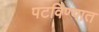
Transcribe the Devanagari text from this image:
पटविण्यात